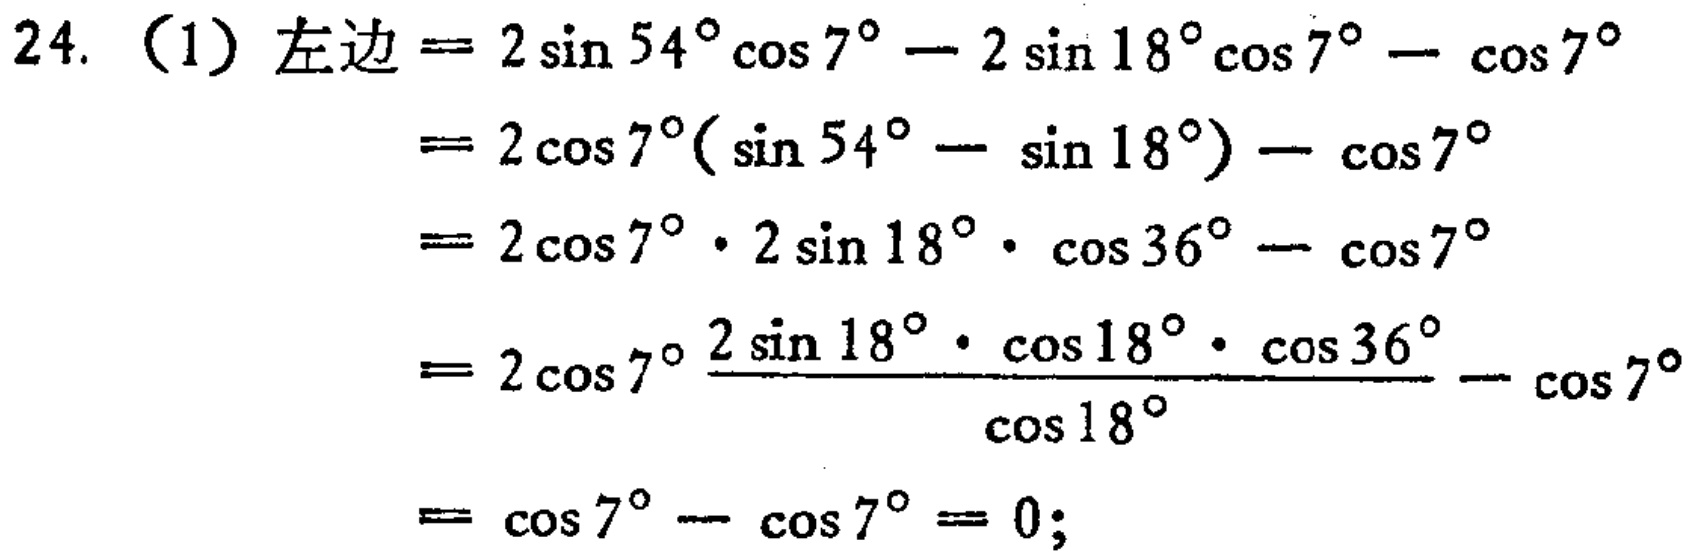
24. （1）左边$= 2\sin54^{\circ}\cos7^{\circ}-2\sin18^{\circ}\cos7^{\circ}-\cos7^{\circ}$

$= 2\cos7^{\circ}(\sin54^{\circ}-\sin18^{\circ})-\cos7^{\circ}$

$= 2\cos7^{\circ}\cdot 2\sin18^{\circ}\cdot\cos36^{\circ}-\cos7^{\circ}$

$= 2\cos7^{\circ}\frac{2\sin18^{\circ}\cdot\cos18^{\circ}\cdot\cos36^{\circ}}{\cos18^{\circ}}-\cos7^{\circ}$

$= \cos7^{\circ}-\cos7^{\circ}=0;$